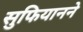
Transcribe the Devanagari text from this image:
सुफियानने